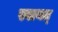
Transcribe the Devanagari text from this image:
स्वायत्